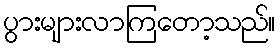
ပွားများလာကြတော့သည်။